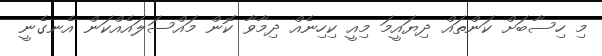
މި ހިސާބަށް ކަންތައް ދިޔައީމަ މިއީ ކިހިނެއް ދިމާވާ ކޮން މައްސަލައެއްކަން އެނގެނީ